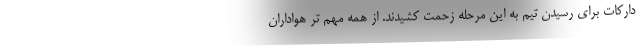
دارکات برای رسیدن تیم به این مرحله زحمت کشیدند. از همه مهم تر هواداران